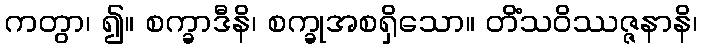
ကတွာ၊ ၍။ စက္ခာဒီနိ၊ စက္ခုအစရှိသော။ တိံသဝိဿဇ္ဇနာနိ၊